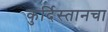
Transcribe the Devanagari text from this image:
कुर्दिस्तानचा